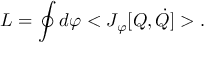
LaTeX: L = \oint d \varphi < J _ { \varphi } [ Q , \dot { Q } ] > .